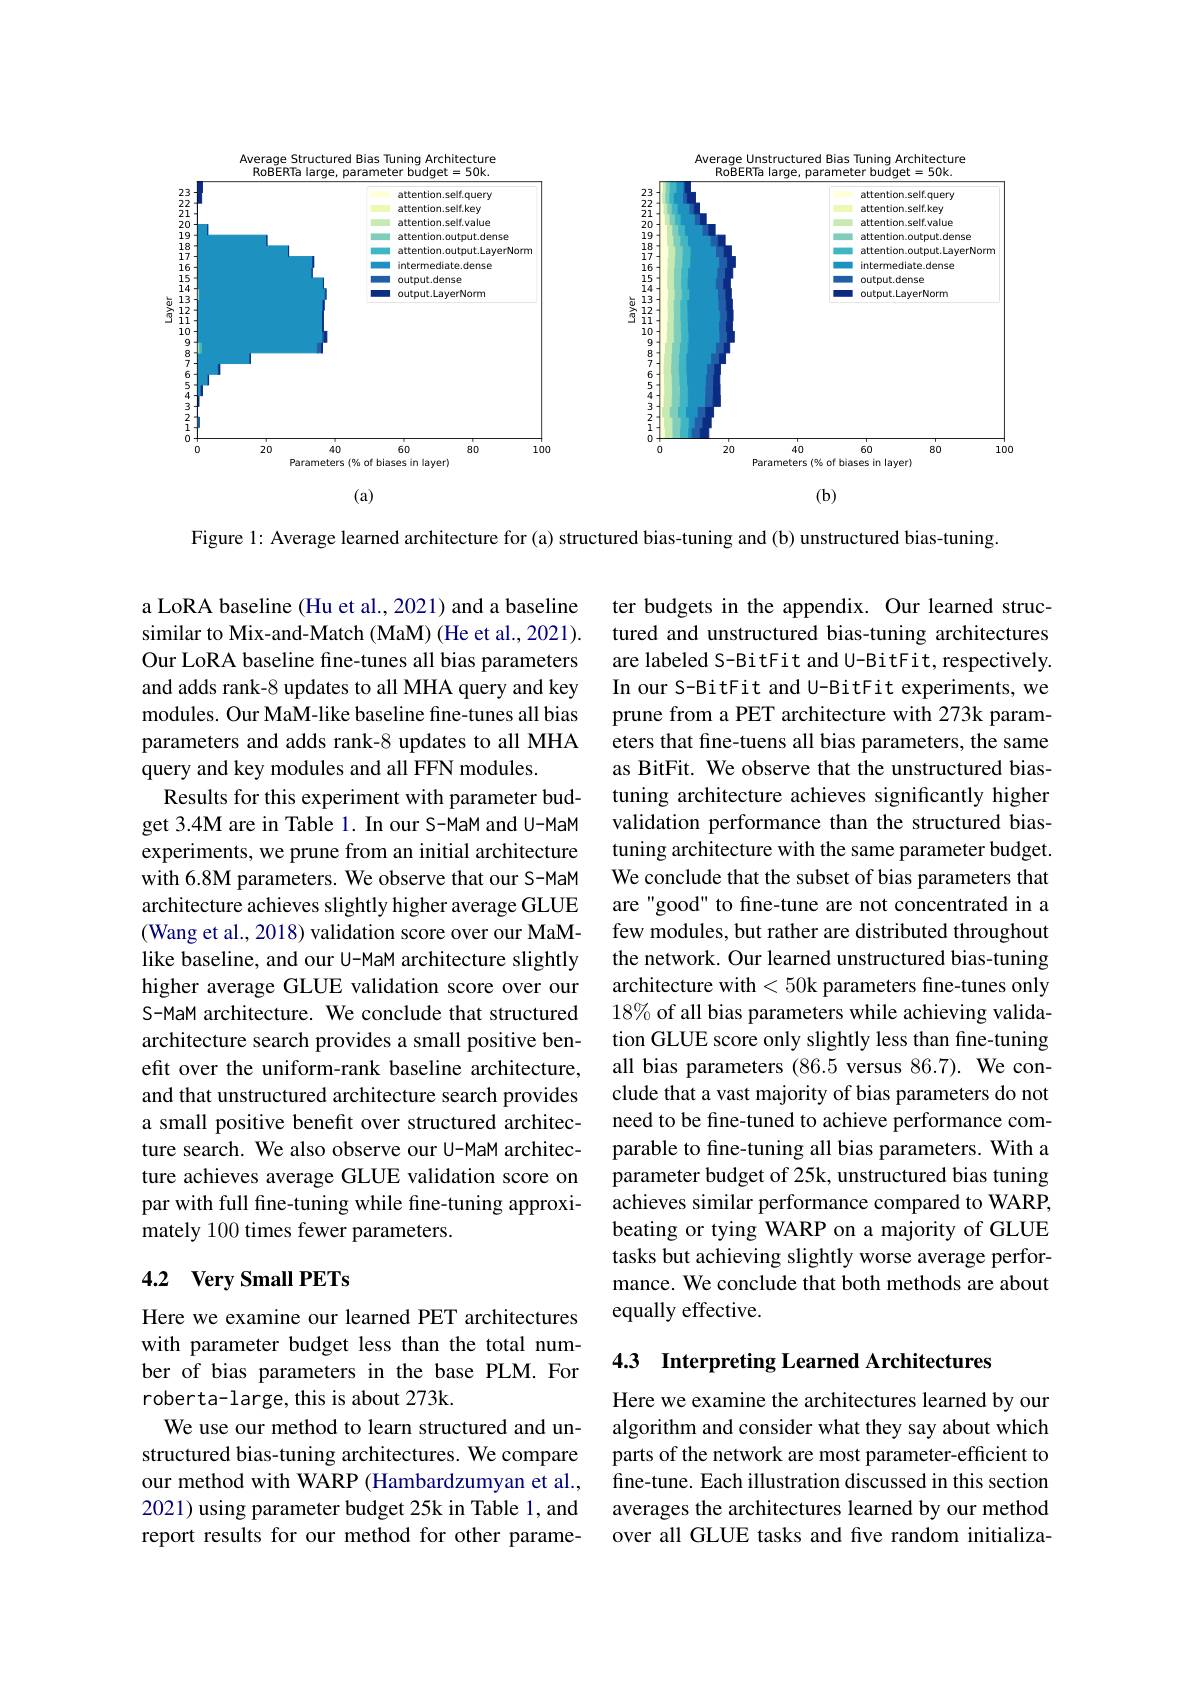
<FigureHere>

Figure 1: Average learned architecture for (a) structured bias-tuning and (b) unstructured bias-tuning.

a LoRA baseline (Hu et al., 2021) and a baseline similar to Mix-and-Match (MaM) (He et al., 2021). Our LoRA baseline fine-tunes all bias parameters and adds rank-8 updates to all MHA query and key modules. Our MaM-like baseline fine-tunes all bias parameters and adds rank-8 updates to all MHA query and key modules and all FFN modules.
Results for this experiment with parameter budget 3.4M are in Table 1. In our S-MaM and U-MaM experiments, we prune from an initial architecture with 6.8M parameters. We observe that our S-MaM architecture achieves slightly higher average GLUE (Wang et al., 2018) validation score over our MaMlike baseline, and our U-MaM architecture slightly higher average GLUE validation score over our S-MaM architecture. We conclude that structured architecture search provides a small positive benefit over the uniform-rank baseline architecture, and that unstructured architecture search provides a small positive benefit over structured architecture search. We also observe our U-MaM architecture achieves average GLUE validation score on par with full fine-tuning while fine-tuning approximately 100 times fewer parameters.

ter budgets in the appendix. Our learned structured and unstructured bias-tuning architectures are labeled S-BitFit and U-BitFit, respectively. In our S-BitFit and U-BitFit experiments, we prune from a PET architecture with 273k parameters that fine-tuens all bias parameters, the same as BitFit. We observe that the unstructured biastuning architecture achieves significantly higher validation performance than the structured biastuning architecture with the same parameter budget. We conclude that the subset of bias parameters that are "good" to fine-tune are not concentrated in a few modules, but rather are distributed throughout the network. Our learned unstructured bias-tuning architecture with <50k parameters fine-tunes only $18\%$ of all bias parameters while achieving validation GLUE score only slightly less than fine-tuning all bias parameters (86.5 versus 86.7). We conclude that a vast majority of bias parameters do not need to be fine-tuned to achieve performance comparable to fine-tuning all bias parameters. With a parameter budget of 25k, unstructured bias tuning achieves similar performance compared to WARP, beating or tying WARP on a majority of GLUE tasks but achieving slightly worse average performance. We conclude that both methods are about equally effective.

## 4.2 Very Small PETs

4.3 Interpreting Learned Architectures

Here we examine our learned PET architectures with parameter budget less than the total number of bias parameters in the base PLM.For roberta-large, this is about 273k.
We use our method to learn structured and unstructured bias-tuning architectures. We compare our method with WARP (Hambardzumyan et al., 2021) using parameter budget 25k in Table 1, and report results for our method for other parame-

Here we examine the architectures learned by our algorithm and consider what they say about which parts of the network are most parameter-efficient to fine-tune. Each illustration discussed in this section averages the architectures learned by our method over all GLUE tasks and five random initializa-